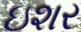
ઇશર